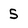
Character: 5